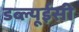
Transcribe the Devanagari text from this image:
डब्ल्यूईसी